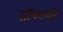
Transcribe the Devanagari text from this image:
सॉफ्टवॅर